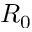
R _ { 0 }